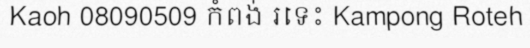
Kaoh 08090509 កំពង់ រទេះ Kampong Roteh